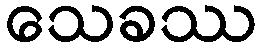
သေခဿ